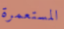
المستعمرة